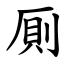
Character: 厠